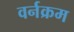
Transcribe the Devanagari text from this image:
वर्नक्रम